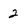
Character: 2